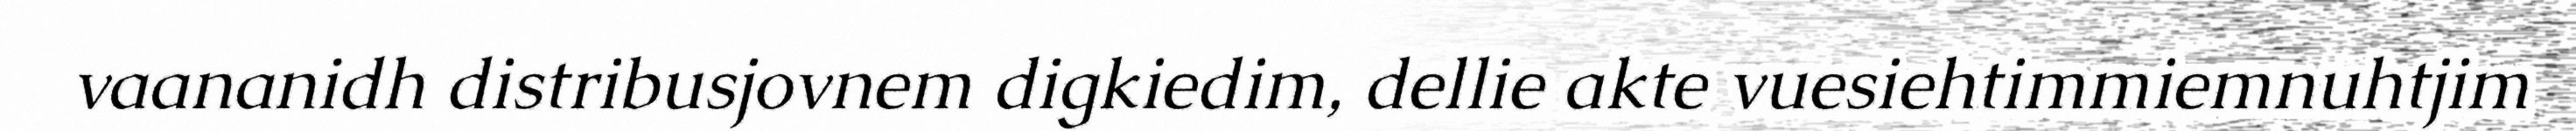
vaananidh distribusjovnem digkiedim, dellie akte vuesiehtimmiemnuhtjim